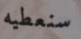
سنعطيه